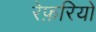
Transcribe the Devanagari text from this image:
रेफ़रियों